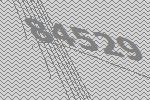
84529